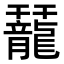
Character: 䶬